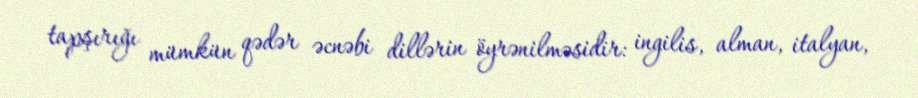
tapşırığı mümkün qədər əcnəbi dillərin öyrənilməsidir: ingilis, alman, italyan,